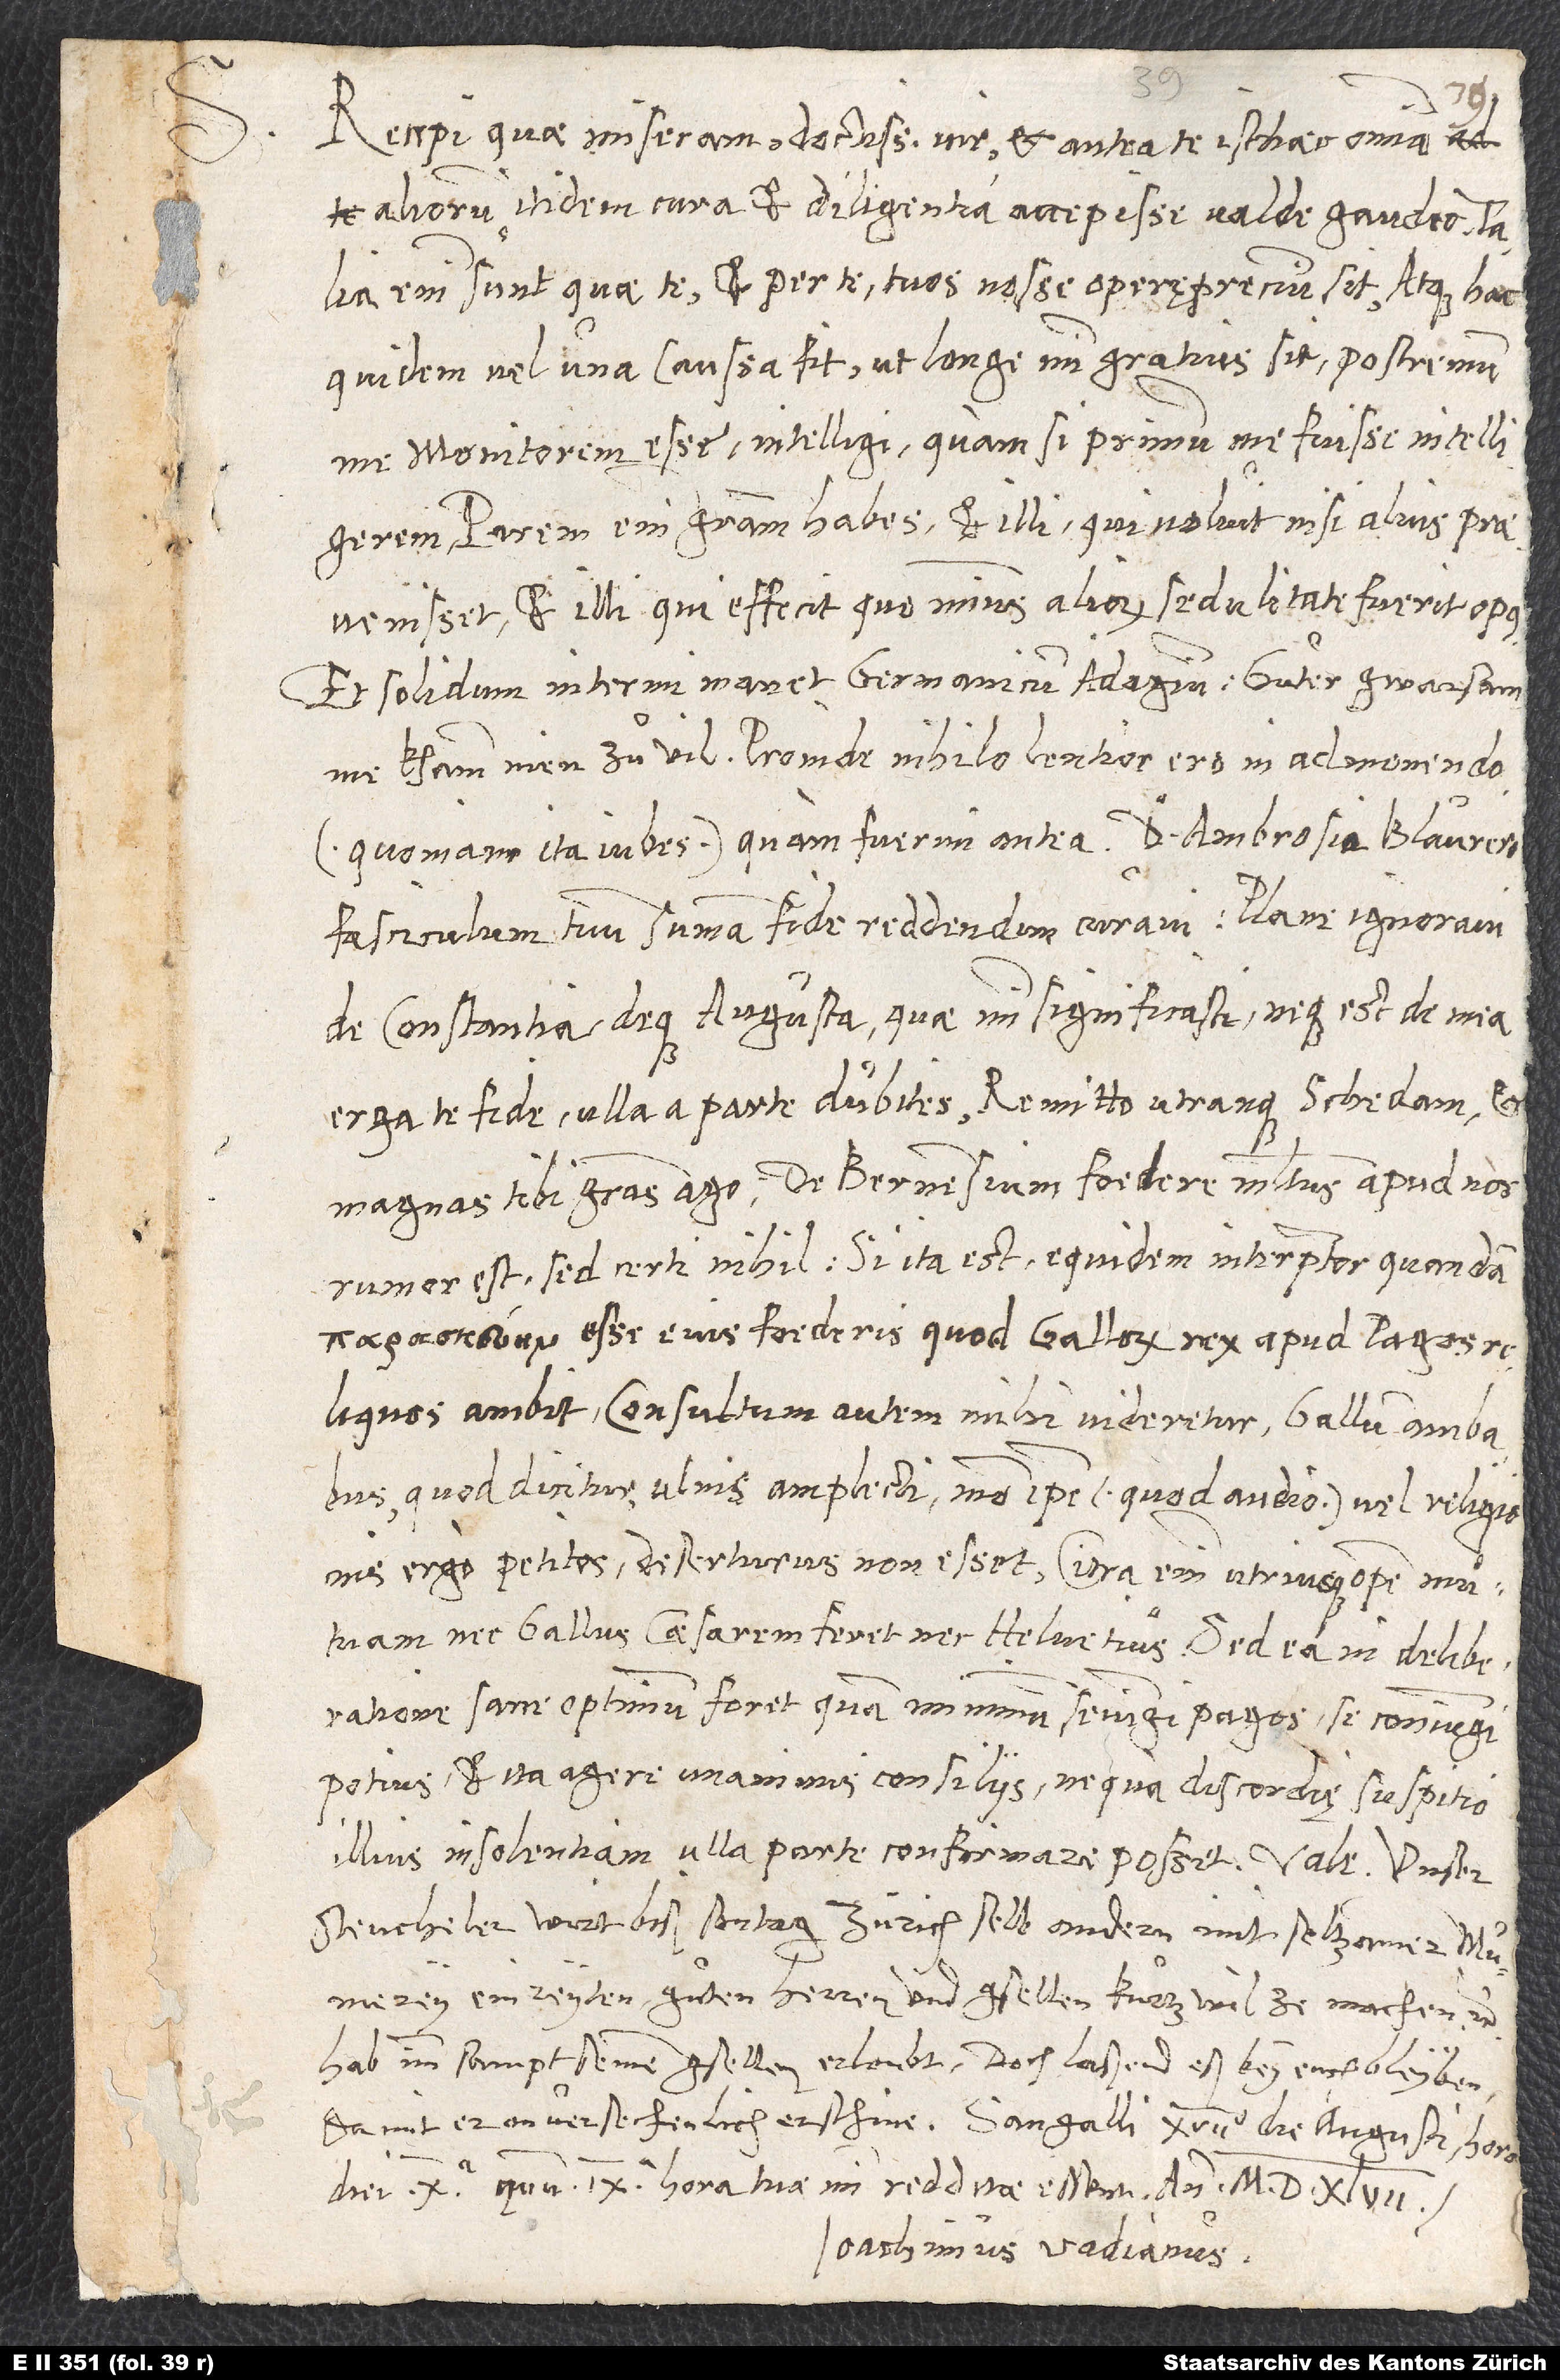
Recepi, quae miseram, doctissime vir, et antea te isthaec omnia
aliorum itidem cura et diligentia accepisse valde gaudeo. Talia
enim sunt, quae te et per te tuos nosse operę precium sit. Atque hac
quidem vel una caussa fit, ut longe mihi gratius sit: postremum
me monitorem esse intelligi, quam si primum me fuisse intelligerem;
parem enim gratiam habes et illi, qui voluit, nisi alius
praevenisset, et illi, qui efficit, quominus aliorum sedulitate fuerit opus.
Et solidum interim manet Germanicum adagium: Guͦter gwarsamme
khamm nien zuͦ vil. Proinde nihilo lentior ero in admonendo
fasciculum tuum summa fide reddendum curavi. Plane ignoravi,
de Constantia deque Augusta quae mihi significasti, neque est, de mea
erga te fide ulla a parte dubites. Remitto utranque schedam et
rumor est, sed certi nihil. Si ita est, equidem interpretor, quandam
esse eius foederis, quod Gallorum rex apud Pagos
reliquos ambit. Consultum autem mihi videretur, Gallum ambabus,
quod dicitur, ulnis amplecti, modo ipse (quod audio) vel religionis
ergo petitos deserturus non esset; citra enim utriusque opem mutuam
nec Gallus caesarem feret nec Helvetius. Sed ea in deliberatione
sane optimum foret, quam minimum seiungi pagos, se coniungi
potius et ita agere unanimis consiliis, ne qua discordię suspitio
illius insolentiam ulla parte confirmare posset.
Steucheler wirt biß sontag Zürich selbandern mit seltzammer mumery
einreyten, guͦten herren und gsellen kurtzwil ze machen, etc.;
hab imm sampt seinen gsellen erloubt. Doch laßend eß bey euch bleyben,
diei 10., quum 9. hora tuae mihi redditae essent, anno 1547.
Ioachimus Vadianus.